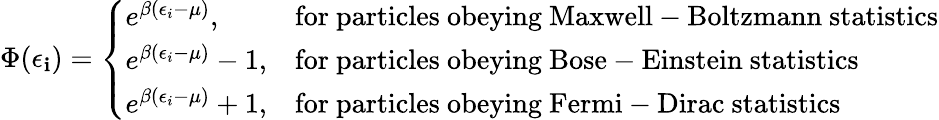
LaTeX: \Phi(\epsilon_{\mathbf{i}})={\left\{ \begin{array}{ll}{e^{\beta(\epsilon_{i}-\mu)},}&{{\mathrm{for~particles~obeying~Maxwell-Boltzmann~statistics}}}\\ {e^{\beta(\epsilon_{i}-\mu)}-1,}&{{\mathrm{for~particles~obeying~Bose-Einstein~statistics}}}\\ {e^{\beta(\epsilon_{i}-\mu)}+1,}&{{\mathrm{for~particles~obeying~Fermi-Dirac~statistics}}}\end{array}\right.}